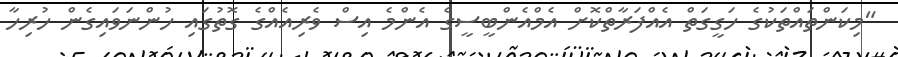
"މިކަންތައްތަކުގެ ހަގީގަތް އެއްފަރާތްކޮށް އެމްއެންބީސީގެ އެންމެ އިސް ވެރިއެއްގެ ގޮތުގައި ހުންނަވައިގެން ހުރިހާ